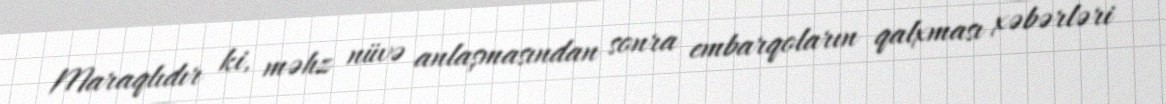
Maraqlıdır ki, məhz nüvə anlaşmasından sonra embarqoların qalxması xəbərləri